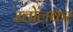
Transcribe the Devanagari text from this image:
उत्तोलकर